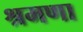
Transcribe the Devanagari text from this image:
श्रमणा